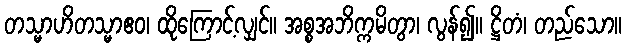
တသ္မာဟိတသ္မာဧဝ၊ ထိုကြောင့်လျှင်။ အစ္စအဘိက္ကမိတွာ၊ လွန်၍။ ဋ္ဌိတံ၊ တည်သော။